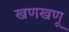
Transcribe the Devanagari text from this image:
खणखणू